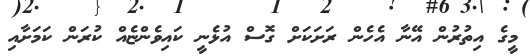
މީގެ އިތުރުން އޭނާ އެހެން ރަށަކަށް ގޮސް އުޅެނީ ކައިވެންޏެއް ކުރަން ކަމަށާއި